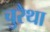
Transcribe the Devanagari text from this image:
चुरैथा